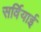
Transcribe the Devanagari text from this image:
सर्वियाई